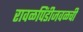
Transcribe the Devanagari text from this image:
रावळपिंडीजवळची